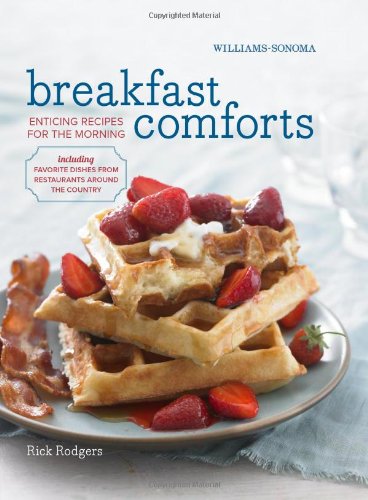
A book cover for Breakfast Comforts rev. (Williams-Sonoma); Rick Rodgers; Cookbooks, Food & Wine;